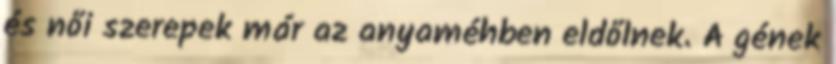
és női szerepek már az anyaméhben eldőlnek. A gének